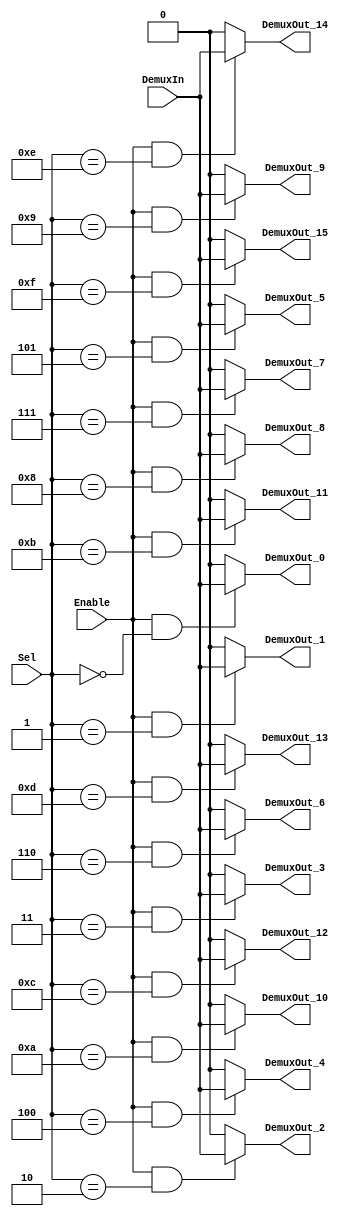
/******************************************************************************
 ** Logisim goes FPGA automatic generated Verilog code                       **
 **                                                                          **
 ** Component : Demultiplexer_16                                             **
 **                                                                          **
 ******************************************************************************/

module Demultiplexer_16( DemuxIn,
                         Enable,
                         Sel,
                         DemuxOut_0,
                         DemuxOut_1,
                         DemuxOut_10,
                         DemuxOut_11,
                         DemuxOut_12,
                         DemuxOut_13,
                         DemuxOut_14,
                         DemuxOut_15,
                         DemuxOut_2,
                         DemuxOut_3,
                         DemuxOut_4,
                         DemuxOut_5,
                         DemuxOut_6,
                         DemuxOut_7,
                         DemuxOut_8,
                         DemuxOut_9);

   /***************************************************************************
    ** Here the inputs are defined                                           **
    ***************************************************************************/
   input  DemuxIn;
   input  Enable;
   input[3:0]  Sel;

   /***************************************************************************
    ** Here the outputs are defined                                          **
    ***************************************************************************/
   output DemuxOut_0;
   output DemuxOut_1;
   output DemuxOut_10;
   output DemuxOut_11;
   output DemuxOut_12;
   output DemuxOut_13;
   output DemuxOut_14;
   output DemuxOut_15;
   output DemuxOut_2;
   output DemuxOut_3;
   output DemuxOut_4;
   output DemuxOut_5;
   output DemuxOut_6;
   output DemuxOut_7;
   output DemuxOut_8;
   output DemuxOut_9;
   assign DemuxOut_0   = (Enable&(Sel == 4'b0000 )) ? DemuxIn : 0;
   assign DemuxOut_1   = (Enable&(Sel == 4'b0001 )) ? DemuxIn : 0;
   assign DemuxOut_2   = (Enable&(Sel == 4'b0010 )) ? DemuxIn : 0;
   assign DemuxOut_3   = (Enable&(Sel == 4'b0011 )) ? DemuxIn : 0;
   assign DemuxOut_4   = (Enable&(Sel == 4'b0100 )) ? DemuxIn : 0;
   assign DemuxOut_5   = (Enable&(Sel == 4'b0101 )) ? DemuxIn : 0;
   assign DemuxOut_6   = (Enable&(Sel == 4'b0110 )) ? DemuxIn : 0;
   assign DemuxOut_7   = (Enable&(Sel == 4'b0111 )) ? DemuxIn : 0;
   assign DemuxOut_8   = (Enable&(Sel == 4'b1000 )) ? DemuxIn : 0;
   assign DemuxOut_9   = (Enable&(Sel == 4'b1001 )) ? DemuxIn : 0;
   assign DemuxOut_10  = (Enable&(Sel == 4'b1010 )) ? DemuxIn : 0;
   assign DemuxOut_11  = (Enable&(Sel == 4'b1011 )) ? DemuxIn : 0;
   assign DemuxOut_12  = (Enable&(Sel == 4'b1100 )) ? DemuxIn : 0;
   assign DemuxOut_13  = (Enable&(Sel == 4'b1101 )) ? DemuxIn : 0;
   assign DemuxOut_14  = (Enable&(Sel == 4'b1110 )) ? DemuxIn : 0;
   assign DemuxOut_15  = (Enable&(Sel == 4'b1111 )) ? DemuxIn : 0;

endmodule